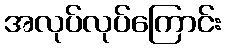
အလုပ်လုပ်ကြောင်း